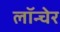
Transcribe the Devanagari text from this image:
लॉन्चेर